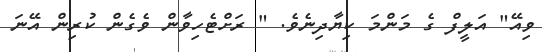
ވިއޭ" އަލީފް ގެ މަންމަ ކިޔާދިނެވެ. " ރަށްޓެހިވާން ވެގެން ކުރިން އޭނަ